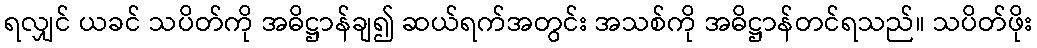
ရလျှင် ယခင် သပိတ်ကို အဓိဋ္ဌာန်ချ၍ ဆယ်ရက်အတွင်း အသစ်ကို အဓိဋ္ဌာန်တင်ရသည်။ သပိတ်ဖိုး